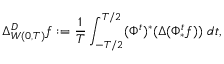
\Delta _ { W ( 0 , T ) } ^ { D } f : = \frac { 1 } { T } \int _ { - T / 2 } ^ { T / 2 } ( \Phi ^ { t } ) ^ { * } ( \Delta ( \Phi _ { * } ^ { t } f ) ) \ d t ,